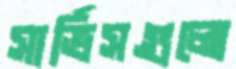
সার্ভিসগুলো